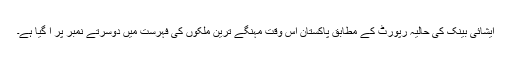
ایشائی بینک کی حالیہ رپورٹ کے مطابق پاکستان اس وقت مہنگے ترین ملکوں کی فہرست میں دوسرتے نمبر پر آ گیا ہے۔